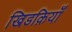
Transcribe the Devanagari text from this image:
खिडक़ियाँ